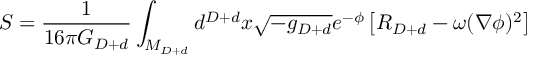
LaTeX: S = { \frac { 1 } { 1 6 \pi G _ { D + d } } } \int _ { M _ { D + d } } d ^ { D + d } x \sqrt { - g _ { D + d } } e ^ { - \phi } \left[ R _ { D + d } - \omega ( \nabla \phi ) ^ { 2 } \right]